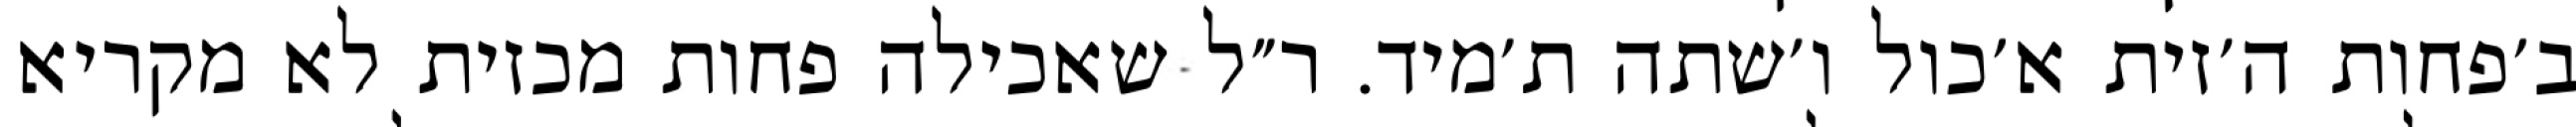
ב׳פחות ה׳זית א׳כול ו׳שתה ת׳מיד. ר״ל שאכילה פחות מכזית לא מקריא